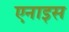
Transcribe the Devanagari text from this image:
एनाइस